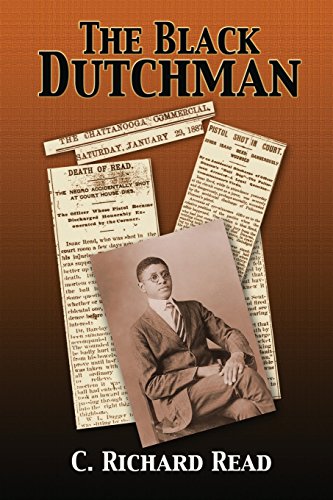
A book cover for The Black Dutchman: Book One; C. Richard Read; Law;